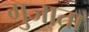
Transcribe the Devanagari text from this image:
गुजाता